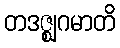
တဒဇ္ဈဂမာတိ